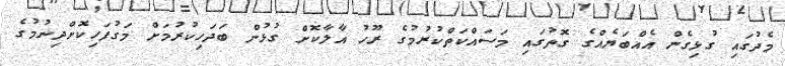
މެދުގައި ގުޅިގެން އެއްބަޔެއްގެ ގޮތުގައި މަސައްކަތްކުރުމުގެ ރޫހު އާލާކޮށް ގުޅުން ބަދަހިކުރުމަށް މަގުފަހިކޮށްދިނުމުގެ